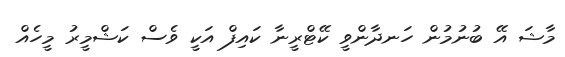
މާޝަ އޭ ބުނުމުން ހަނދާންވީ ކޭޓްރީނާ ކައިފް އަކީ ވެސް ކަޝްމީރު މީހެއް